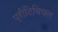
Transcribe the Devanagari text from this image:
प्रीटिबियल